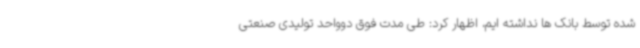
شده توسط بانک ها نداشته ایم، اظهار کرد: طی مدت فوق دوواحد تولیدی صنعتی